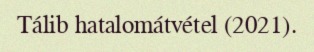
Tálib hatalomátvétel (2021).